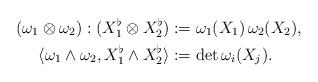
LaTeX: \begin{align*}(\omega_1\otimes\omega_2) : (X_1^\flat\otimes X_2^\flat) &:= \omega_1(X_1)\,\omega_2(X_2),\\\langle \omega_1\wedge\omega_2, X_1^\flat\wedge X_2^\flat\rangle &:= \det \omega_i(X_j).\end{align*}